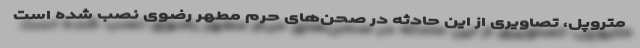
متروپل، تصاویری از این حادثه در صحن‌های حرم مطهر رضوی نصب شده است